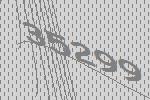
35299